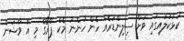
ކަޅުކުލައިގައި ވަށް ސިލިންޑަރެއް ހެން ހުންނަ މެކް ޕްރޯގެ މި އާ ވާޝަން